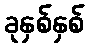
ခုနှစ်နှစ်